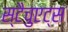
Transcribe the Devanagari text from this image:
स्टैचुएट्स